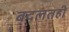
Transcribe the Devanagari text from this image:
बदलतही